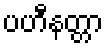
ပဟီနတ္တာ